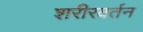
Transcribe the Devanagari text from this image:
शरीरवर्तन